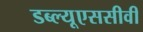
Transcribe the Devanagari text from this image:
डब्ल्यूएससीवी